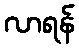
လာရန်